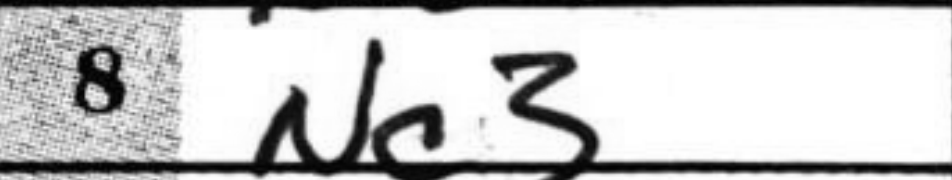
Transcription: Nc3